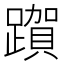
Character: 𮜗